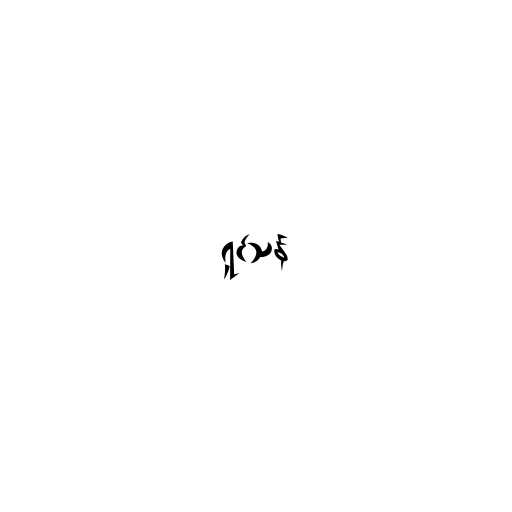
ရှင်သန်